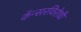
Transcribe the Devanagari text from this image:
कॅन्सरविरोधी